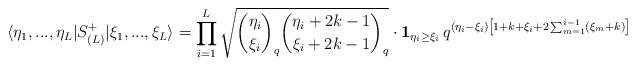
LaTeX: \begin{align*}\langle \eta_1, ...,\eta_L | S^+_{(L)} | \xi_1, ...,\xi_L \rangle=\prod_{i=1}^L \sqrt{\binom{\eta_i}{\xi_i}_q \binom{\eta_i+2k-1}{\xi_i+2k-1}_q} \cdot \mathbf 1_{\eta_i \ge \xi_i}\, q^{(\eta_i-\xi_i)\left[1 +k + \xi_i +2\sum_{m=1}^{i-1}(\xi_m+k) \right]}\end{align*}